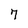
Character: 7